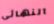
النهائى